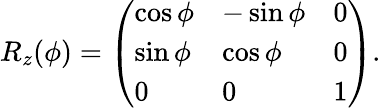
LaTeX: R_{z}(\phi)=\left(\begin{array}{lll}{\cos\phi}&{-\sin\phi}&{0}\\ {\sin\phi}&{\cos\phi}&{0}\\ {0}&{0}&{1}\end{array}\right).